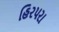
હિરપરા